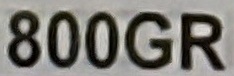
800GR